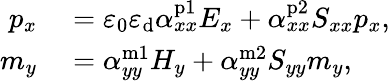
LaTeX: \begin{array}{rl}{p_{x}}&{{}=\varepsilon_{0}\varepsilon_{\mathrm{d}}\alpha_{xx}^{\mathrm{p1}}E_{x}+\alpha_{xx}^{\mathrm{p2}}S_{xx}p_{x},}\\ {m_{y}}&{{}=\alpha_{yy}^{\mathrm{m1}}H_{y}+\alpha_{yy}^{\mathrm{m2}}S_{yy}m_{y},}\end{array}